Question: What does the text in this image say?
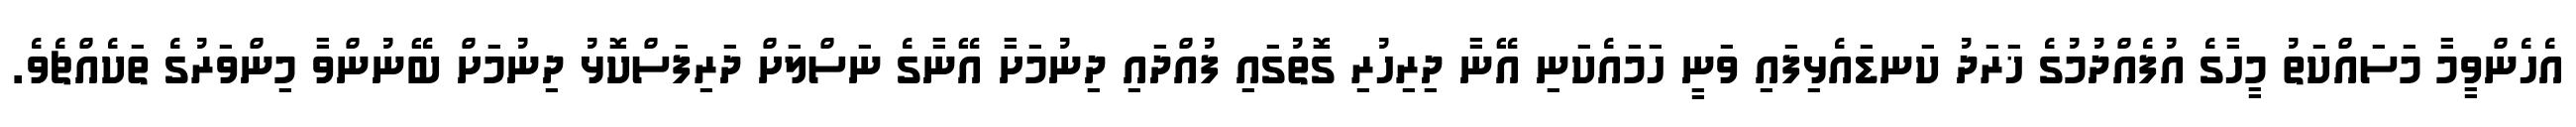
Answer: އެހެންވީމާ މަސައްކަތު މީހާގެ އުފެއްދުމުގެ ޚަރަދު ކަނޑައެޅިފައި ވަނީ ހަމައެކަނި އޭނާ ދިރިހުރި ގޮތުގައި ފުއްދައި ދިނުމަށާ އޭނާގެ ނަސްލަށް ދަރިފަސްކޮޅު ދިނުމަށް ބޭނުންވާ މިންވަރުގެ ތަކެއްޗެވެ.